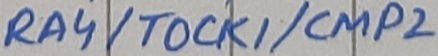
Text: RA4/TOCK1/CMP2